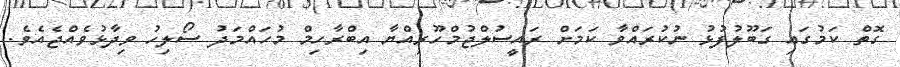
ގޮތް ކަމުގައި ގަބޫލުފުޅު ނުކުރައްވާ ކަމަށް ރައީސުލްޖުމްހޫރިއްޔާ އިބްރާހިމް މުހައްމަދު ސޯލިހު ވިދާޅުވެއްޖެއެވެ.